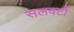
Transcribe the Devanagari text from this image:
सलवटों